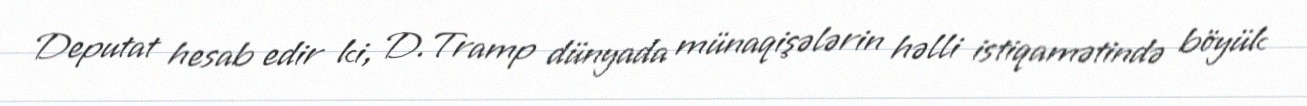
Deputat hesab edir ki, D.Tramp dünyada münaqişələrin həlli istiqamətində böyük